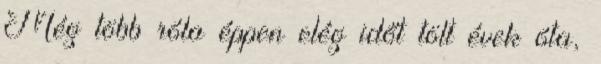
Még több róla éppen elég időt tölt évek óta,